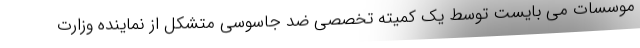
موسسات می بایست توسط یک کمیته تخصصی ضد جاسوسی متشکل از نماینده وزارت